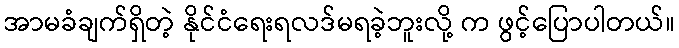
အာမခံချက်ရှိတဲ့ နိုင်ငံရေးရလဒ်မရခဲ့ဘူးလို့ က ဖွင့်ပြောပါတယ်။